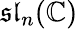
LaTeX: {\mathfrak{sl}}_{n}(\mathbb{C})